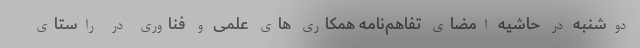
دوشنبه در حاشیه امضای تفاهم‌نامه همکاری های علمی و فناوری در راستای